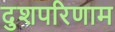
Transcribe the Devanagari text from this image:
दुशपरिणाम